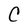
Character: C